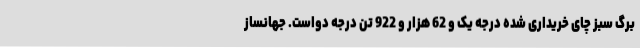
برگ سبز چای خریداری شده درجه یک و 62 هزار و 922 تن درجه دواست. جهانساز